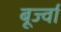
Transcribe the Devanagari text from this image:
बूर्ज्वा